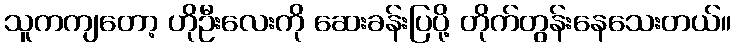
သူကကျတော့ ဟိုဦးလေးကို ဆေးခန်းပြပို့ တိုက်တွန်းနေသေးတယ်။